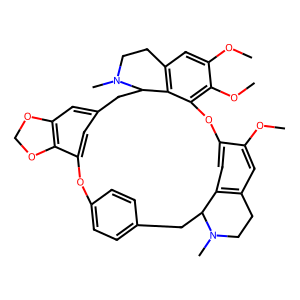
SMILES: COc1cc2c3cc1Oc1c(OC)c(OC)cc4c1C(Cc1cc5c(c(c1)Oc1ccc(cc1)CC3N(C)CC2)OCO5)N(C)CC4
Inhibits HIV replication: No